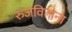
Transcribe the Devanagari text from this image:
रुजविताना